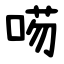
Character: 㖴